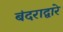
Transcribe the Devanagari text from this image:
बंदराद्वारे